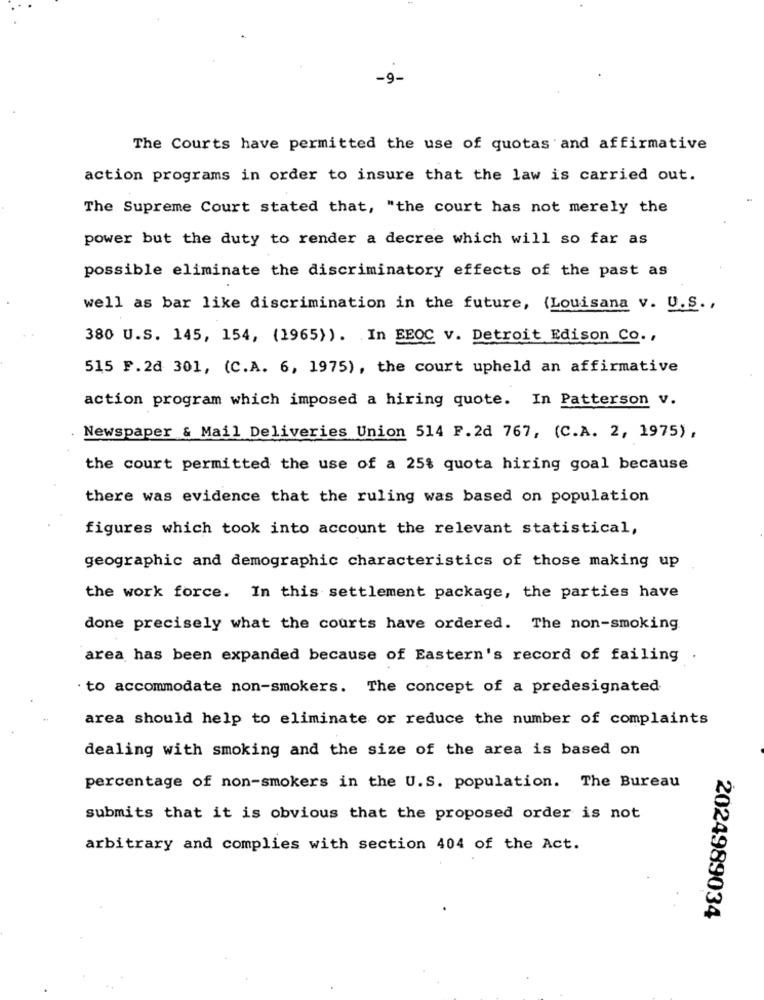
-9.
The Courts have permitted the use of quotas and affirmative
action programs in order to insure that the law is carried out.
The Supreme Court stated that, "the court has not merely the
power but the duty to render a decree which will so far as
possible eliminate the discriminatory effects of the past as
well as bar like discrimination in the future, (Louisana v. U.S .,
380 U.S. 145, 154, (1965)). In EEOC v. Detroit Edison Co .,
515 F.2d 301, (C.A. 6, 1975), the court upheld an affirmative
action program which imposed a hiring quote. In Patterson v.
Newspaper & Mail Deliveries Union 514 F.2d 767, (C.A. 2, 1975) ,
the court permitted the use of a 25% quota hiring goal because
there was evidence that the ruling was based on population
figures which took into account the relevant statistical,
geographic and demographic characteristics of those making up
the work force. In this settlement package, the parties have
done precisely what the courts have ordered. The non-smoking
area has been expanded because of Eastern's record of failing
. to accommodate non-smokers. The concept of a predesignated
area should help to eliminate or reduce the number of complaints
dealing with smoking and the size of the area is based on
percentage of non-smokers in the U.S. population. The Bureau
submits that it is obvious that the proposed order is not
arbitrary and complies with section 404 of the Act.
2024989034